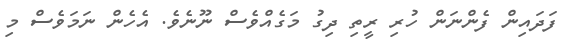
ފަދައިން ފެންނަން ހުރި ރީތި ދިގު މަގެއްވެސް ނޫނެވެ. އެހެން ނަމަވެސް މި